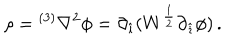
\rho = { } ^ { ( 3 ) } \nabla ^ { 2 } \phi = \partial _ { \hat { \imath } } ( W ^ { \frac { 1 } { 2 } } \partial _ { \hat { \imath } } \phi ) \, .